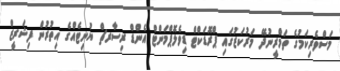
މަސްވެރިކަމުގެ ތަމްރީނުދޭ މަރުކަޒުގައި ޕްރޮޑަކްޓް ޑިވެލޮޕްމަންޓް އެންޑް ރިސާރޗް ޔުނިޓެއްގެ އިތުރުން ފިޝަރީޒް